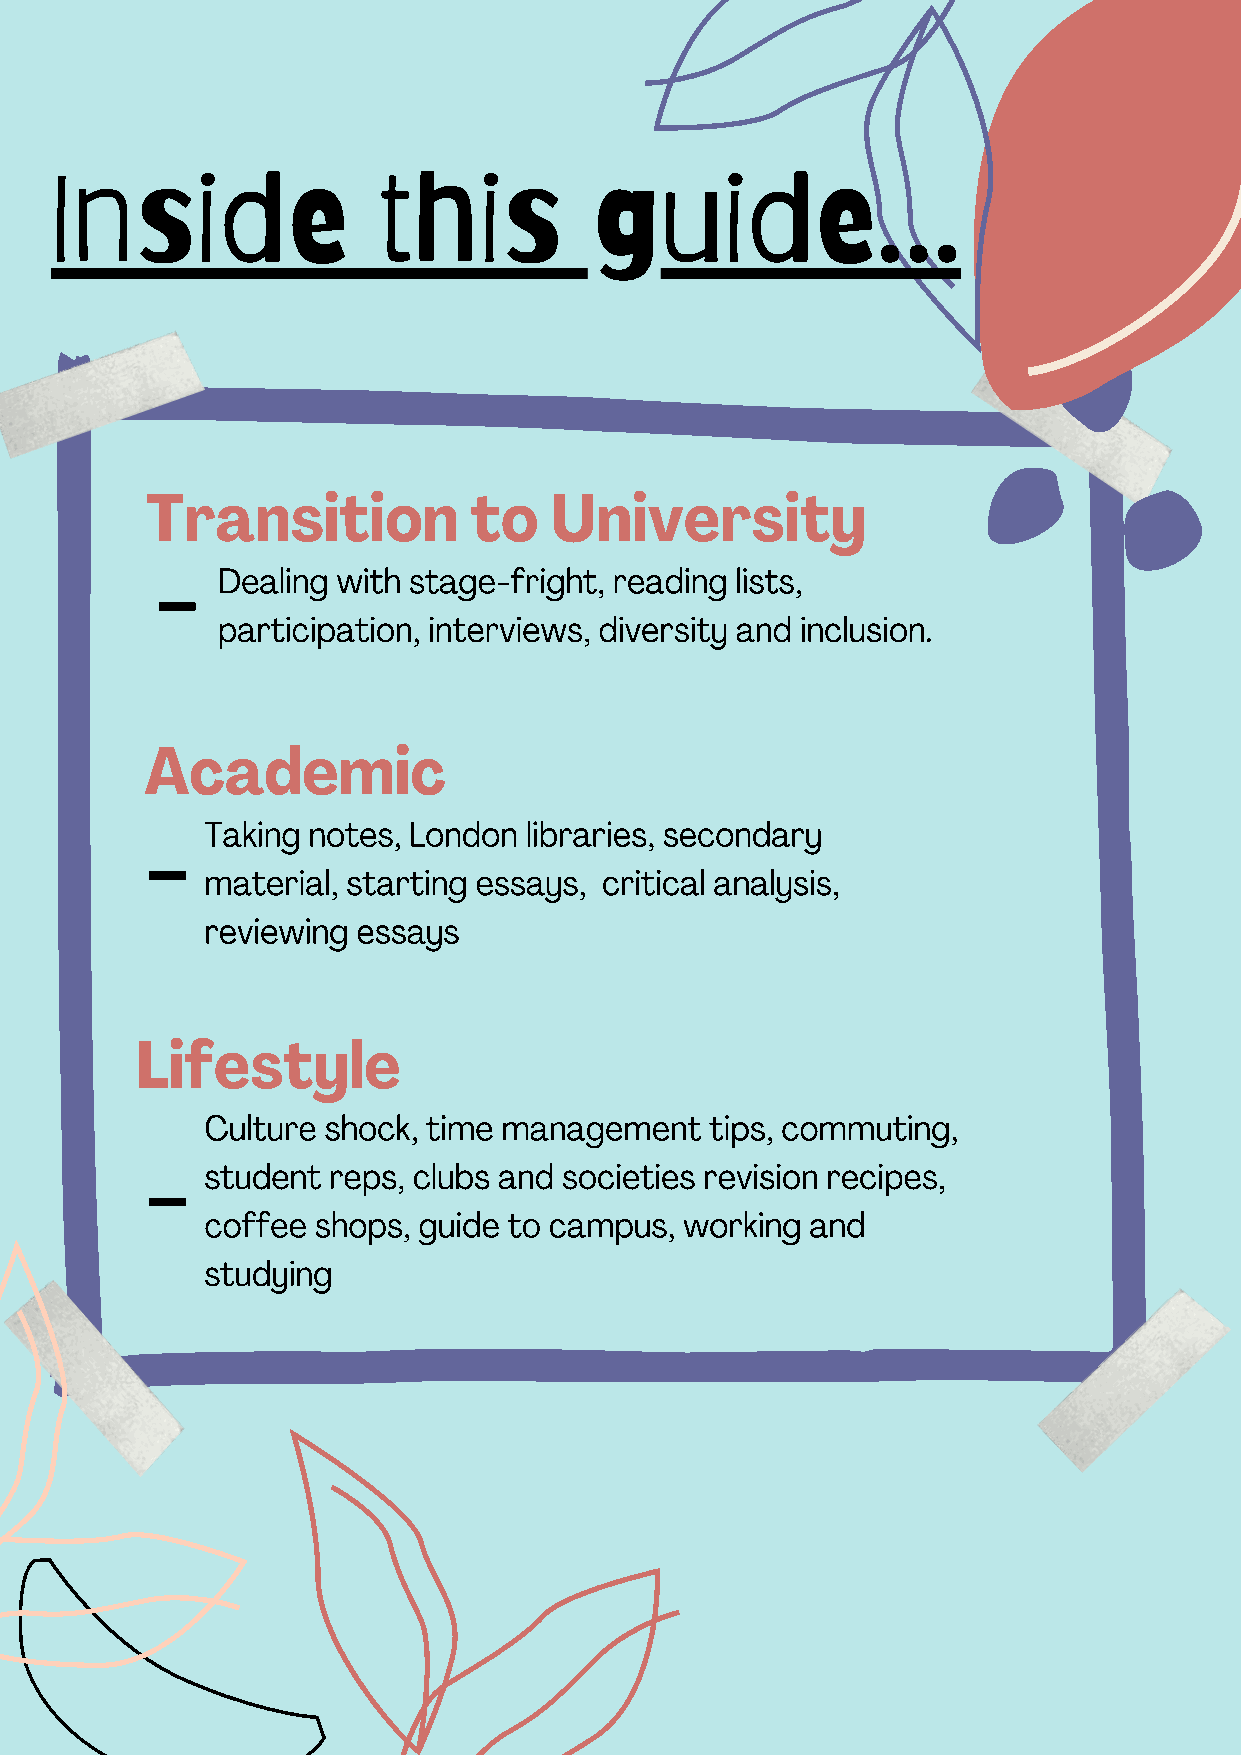
Inside                this          guide...
 Transition           to   University
 -
 Dealing with stage-fright, reading lists,
 participation, interviews, diversity and inclusion.
 Academic
 -
 Taking notes, London libraries, secondary
 material, starting essays, critical analysis,
 reviewing essays
 Lifestyle
 Culture shock, time management   tips, commuting,
 -
 student reps, clubs and societies revision recipes,
 coffee shops, guide to campus, working  and
 studying